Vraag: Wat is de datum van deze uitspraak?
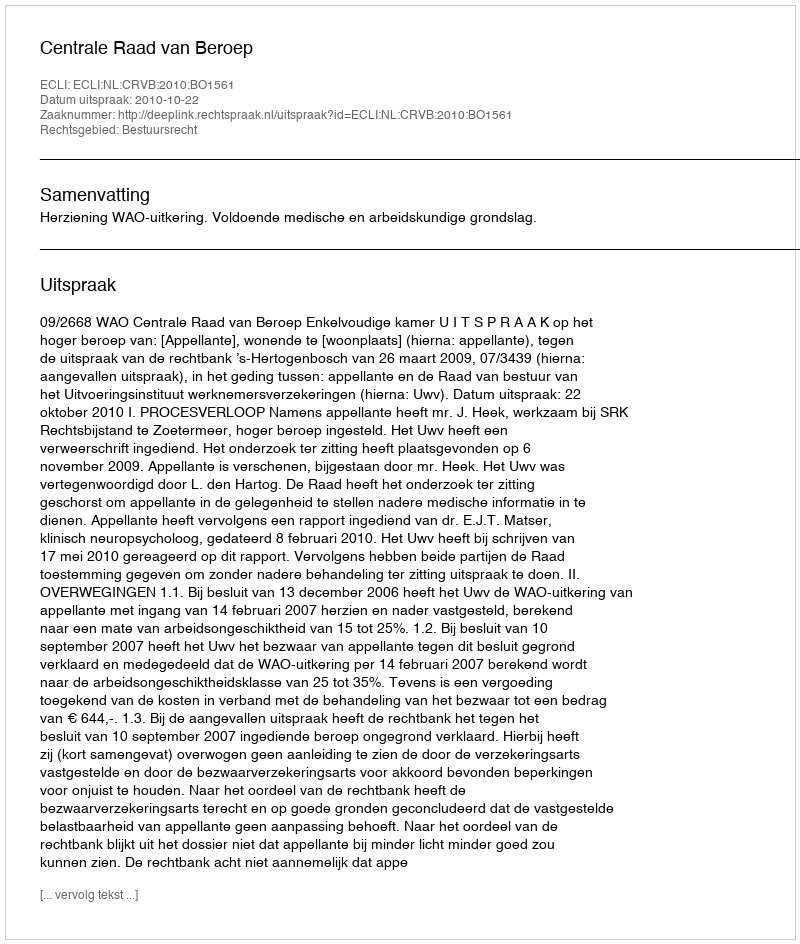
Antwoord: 2010-10-22